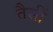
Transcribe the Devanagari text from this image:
तैसीं